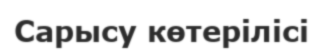
Сарысу көтерілісі